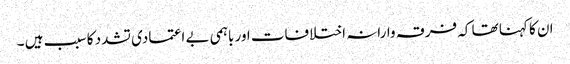
ان کا کہنا تھا کہ فرقہ وارانہ اختلافات اور باہمی بے اعتمادی تشدد کا سبب ہیں ۔